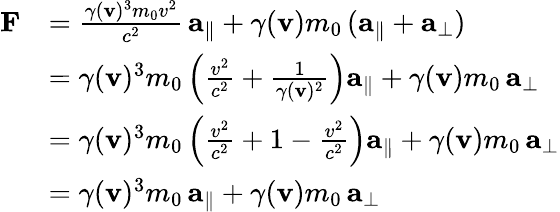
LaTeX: {\begin{array}{rl}{\mathbf{F}}&{={\frac{\gamma(\mathbf{v})^{3}m_{0}v^{2}}{c^{2}}}\, \mathbf{a}_{\parallel}+\gamma(\mathbf{v})m_{0}\, (\mathbf{a}_{\parallel}+\mathbf{a}_{\perp})}\\ &{=\gamma(\mathbf{v})^{3}m_{0}\left({\frac{v^{2}}{c^{2}}}+{\frac{1}{\gamma(\mathbf{v})^{2}}}\right)\mathbf{a}_{\parallel}+\gamma(\mathbf{v})m_{0}\, \mathbf{a}_{\perp}}\\ &{=\gamma(\mathbf{v})^{3}m_{0}\left({\frac{v^{2}}{c^{2}}}+1-{\frac{v^{2}}{c^{2}}}\right)\mathbf{a}_{\parallel}+\gamma(\mathbf{v})m_{0}\, \mathbf{a}_{\perp}}\\ &{=\gamma(\mathbf{v})^{3}m_{0}\, \mathbf{a}_{\parallel}+\gamma(\mathbf{v})m_{0}\, \mathbf{a}_{\perp}}\end{array}}